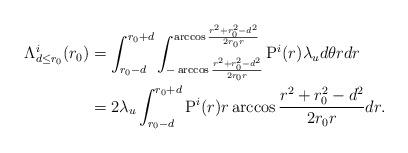
LaTeX: \begin{align*} \Lambda^i_{d\leq r_0} (r_0) &=\int^{r_0+d}_{r_0-d} \int^{\arccos \frac{r^2+r_0^2-d^2}{2r_0r}}_{-\arccos \frac{r^2+r_0^2-d^2}{2r_0r}}\mathrm{P}^i (r) \lambda_u d\theta rdr\\ &=2\lambda_u\int^{r_0+d}_{r_0-d} \mathrm{P} ^i(r) r\arccos \frac{r^2+r_0^2-d^2}{2r_0r} dr. \end{align*}